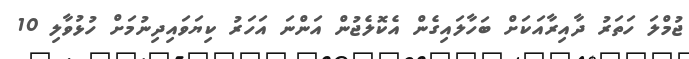
ޖުމްލަ ހަތަރު ދާއިރާއަަަކަށް ބަހާލައިގެން އެކޮލެޖުން އަންނަ އަހަރު ކިޔަވައިދިނުމަށް ހުޅުވާލި 10